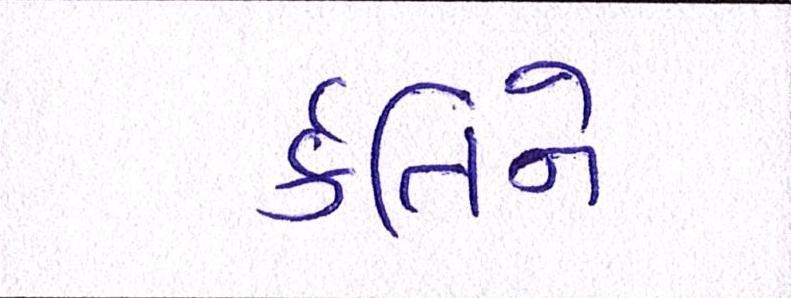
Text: ર્કતિને